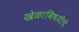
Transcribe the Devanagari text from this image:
खेळाविषयीचे